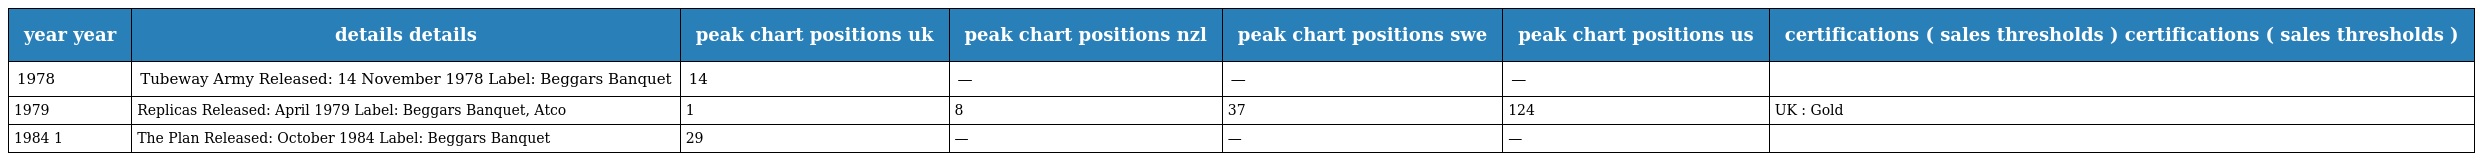
| year year | details details | peak chart positions uk | peak chart positions nzl | peak chart positions swe | peak chart positions us | certifications ( sales thresholds ) certifications ( sales thresholds ) |
 | --- | --- | --- | --- | --- | --- | --- |
 | 1978 | Tubeway Army Released: 14 November 1978 Label: Beggars Banquet | 14 | — | — | — |  |
 | 1979 | Replicas Released: April 1979 Label: Beggars Banquet, Atco | 1 | 8 | 37 | 124 | UK : Gold |
 | 1984 1 | The Plan Released: October 1984 Label: Beggars Banquet | 29 | — | — | — |  |